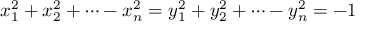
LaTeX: x _ { 1 } ^ { 2 } + x _ { 2 } ^ { 2 } + \dots - x _ { n } ^ { 2 } = y _ { 1 } ^ { 2 } + y _ { 2 } ^ { 2 } + \dots - y _ { n } ^ { 2 } = - 1